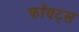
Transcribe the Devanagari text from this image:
फॉण्ट्स